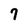
Character: 7